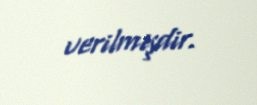
verilmişdir.